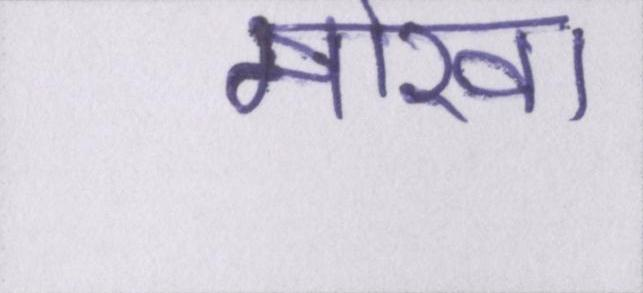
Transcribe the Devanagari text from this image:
मोखा